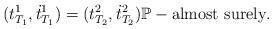
LaTeX: \begin{align*} (t_{T_1}^1, \dot{t}_{T_1}^1)= (t_{T_2}^2, \dot{t}_{T_2}^2) \mathbb P-\hbox{almost surely}.\end{align*}